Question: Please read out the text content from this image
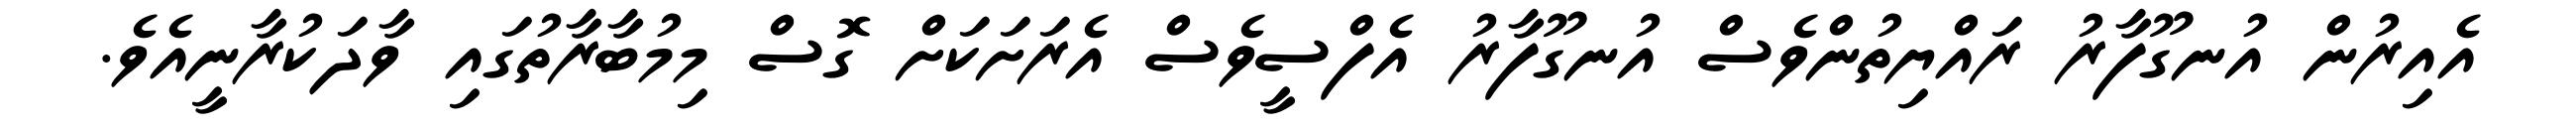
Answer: އެއިރުން އުނގޫފާރު ރައްޔިތުންވެސް އުނގޫފާރު އެފްސީވެސް އެރަށަކަށް ގޮސް މިމުބާރާތުގައި ވާދަކުރާނީއެވެ.